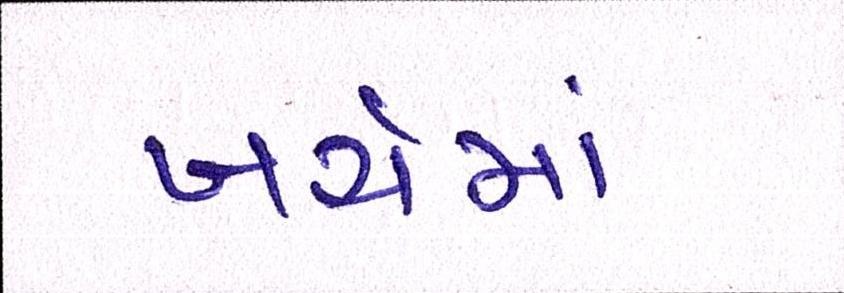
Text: ખર્ચમાં